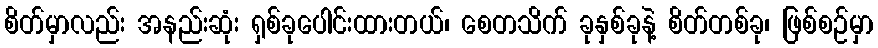
စိတ်မှာလည်း အနည်းဆုံး ရှစ်ခုပေါင်းထားတယ်၊ စေတသိက် ခုနှစ်ခုနဲ့ စိတ်တစ်ခု၊ ဖြစ်စဉ်မှာ